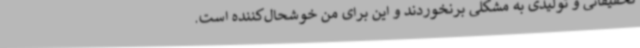
تحقیقاتی و تولیدی به مشکلی برنخوردند و این برای من خوشحال‌کننده است.